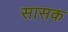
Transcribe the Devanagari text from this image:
सासक